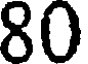
80